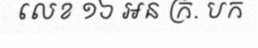
លេខ ១៦ អន ក្រ. បក